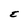
Character: E